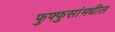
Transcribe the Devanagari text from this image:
फुफ्फुसांमधील